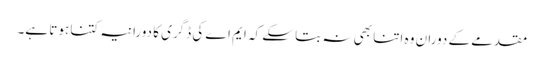
مقدمے کے دوران وہ اتنا بھی نہ بتا سکے کہ ایم اے کی ڈگری کا دورانیہ کتنا ہوتا ہے۔